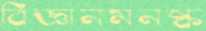
বিজ্ঞানমনষ্ক